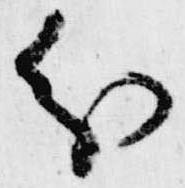
分